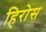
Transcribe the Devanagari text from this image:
हिरोस